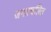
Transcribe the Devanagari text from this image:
जनप्रचलित